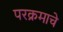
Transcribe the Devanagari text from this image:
परक्रमाचे